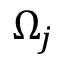
\Omega _ { j }